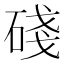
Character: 碊